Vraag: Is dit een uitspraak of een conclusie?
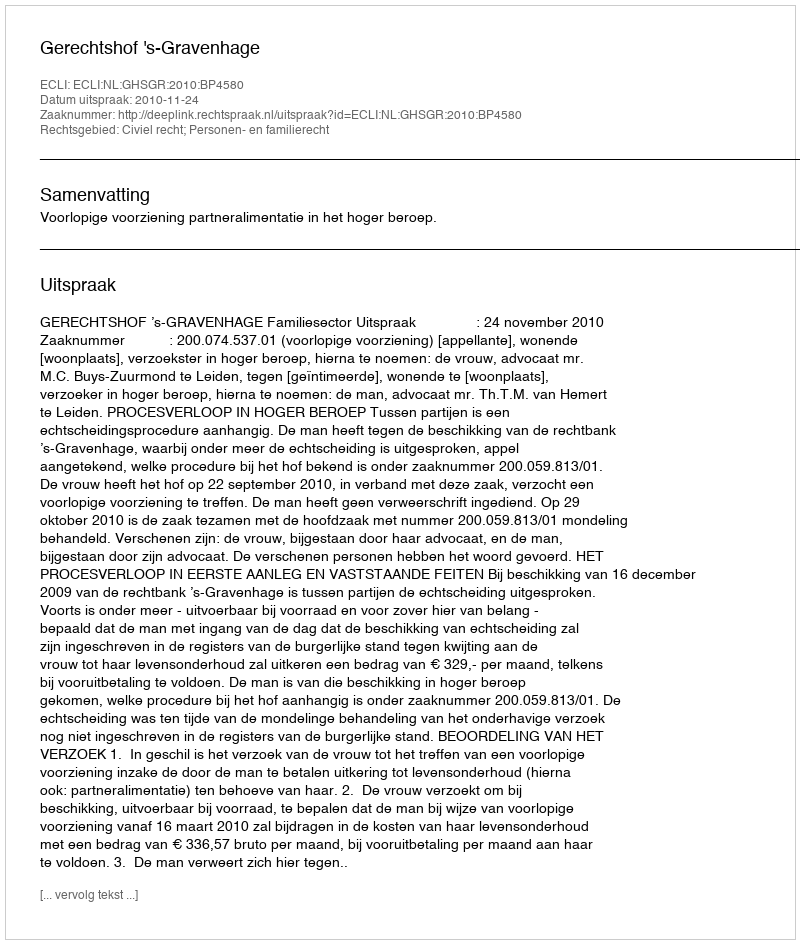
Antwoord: Uitspraak